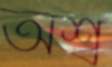
অশ্ব